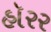
હૉરર